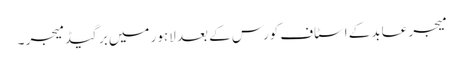
میجر عابد کے اسٹاف کورس کے بعد لاہور میں برگیڈ میجر ۔